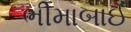
ભીમાબાઈ